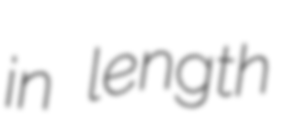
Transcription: in length